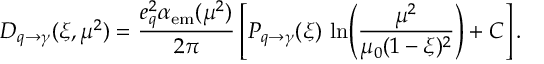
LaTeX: D _ { q \to \gamma } ( \xi , \mu ^ { 2 } ) = \frac { e _ { q } ^ { 2 } \alpha _ { \mathrm { e m } } ( \mu ^ { 2 } ) } { 2 \pi } \left[ P _ { q \to \gamma } ( \xi ) \, \ln \! \left( \frac { \mu ^ { 2 } } { \mu _ { 0 } ( 1 - \xi ) ^ { 2 } } \right) + C \right] .